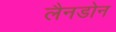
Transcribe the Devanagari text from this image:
लैनडोन